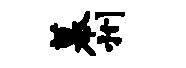
幕州